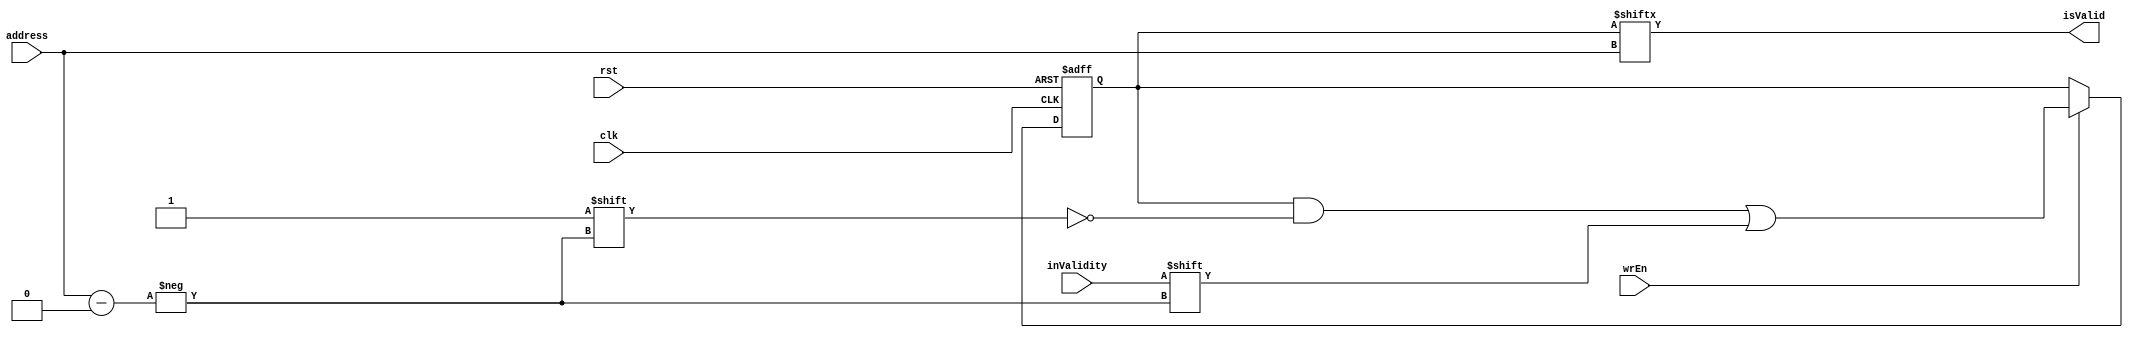
module VMemory(
  clk, rst, wrEn, address, inValidity, isValid
);
    input clk, rst, wrEn, inValidity;
    input[9:0] address;
    output isValid;

    reg[1023:0] validArray;
    
    always @(posedge clk, posedge rst) begin
      if (rst) begin
        validArray <= 1024'b0;
      end
      else begin
        if (wrEn) begin
          validArray[address] <= inValidity;
        end
      end
    end
    assign isValid = validArray[address];
endmodule // VMemory